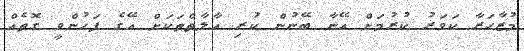
މުޒާހަރާ ކަވަރު ކުރުމަށް އޭނާ ބޭނުން ކުރި އާލާތްތަކަށް އޭގެ ފަހުންވީ ގޮތެއް